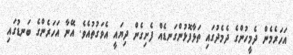
އަހަރެމެން ދެމީހުންގެ ދެމެދުގައި ތަޅާފޮޅުންގަނޑެއް ފެށިގެން ދިޔައީ އެވަގުތުއެވެ. އޭނާ އަހަރެންގެ ބަނޑުގައި